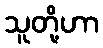
သူတို့ဟာ